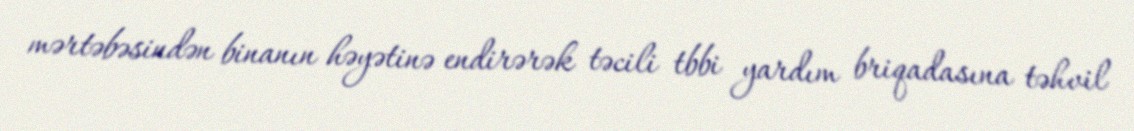
mərtəbəsindən binanın həyətinə endirərək təcili tbbi yardım briqadasına təhvil